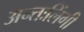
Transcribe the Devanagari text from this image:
अन्तःलिंगी